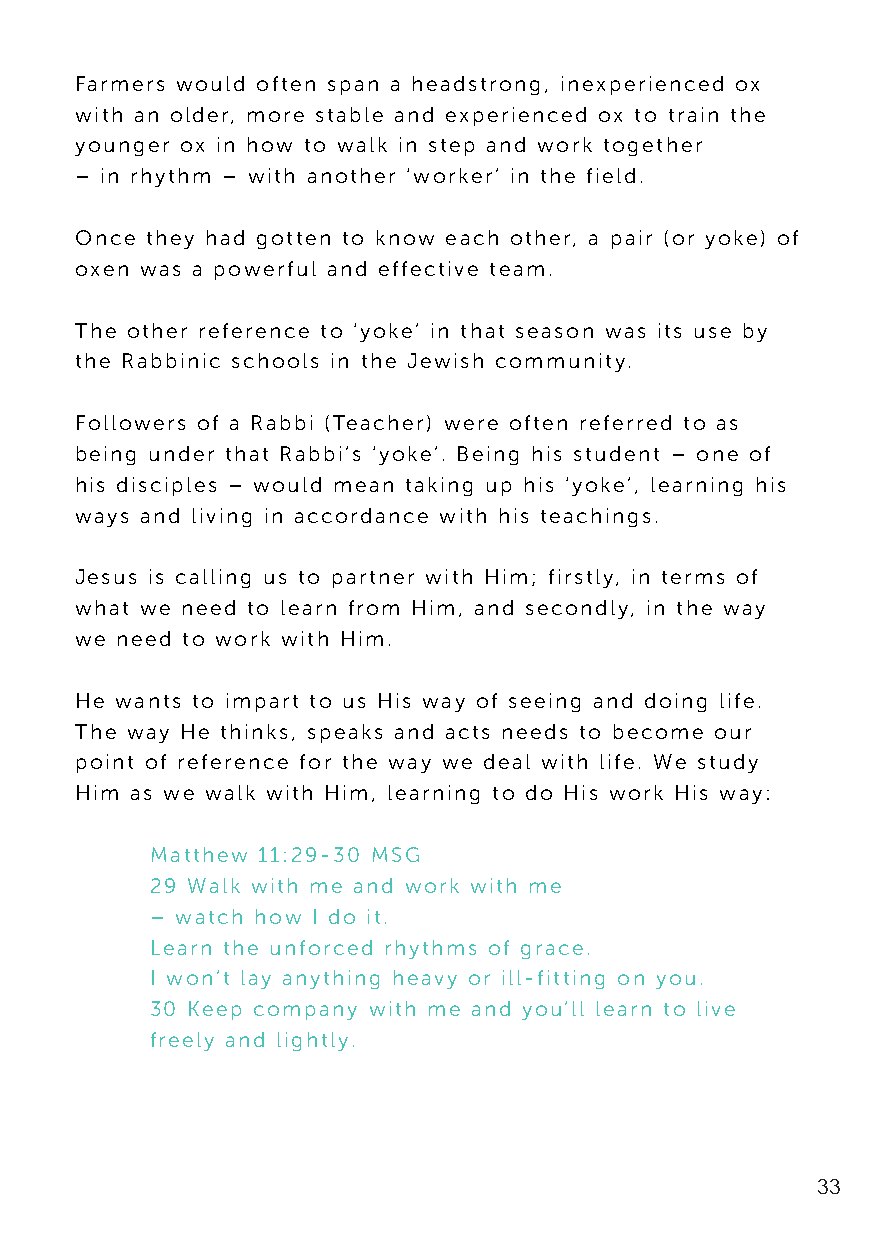
Farmers would often span a headstrong, inexperienced ox
 with an older, more stable and experienced ox to train the
 younger ox in how to walk in step and work together
 – in rhythm – with another ‘worker’ in the field.
 Once they had gotten to know each other, a pair (or yoke) of
 oxen was a powerful and effective team.
 The other reference to ‘yoke’ in that season was its use by
 the Rabbinic schools in the Jewish community.
 Followers of a Rabbi (Teacher) were often referred to as
 being under that Rabbi’s ‘yoke’. Being his student – one of
 his disciples – would mean taking up his ‘yoke’, learning his
 ways and living in accordance with his teachings.
 Jesus is calling us to partner with Him; firstly, in terms of
 what we need to learn from Him, and secondly, in the way
 we need to work with Him.
 He wants to impart to us His way of seeing and doing life.
 The way He thinks, speaks and acts needs to become our
 point of reference for the way we deal with life. We study
 Him as we walk with Him, learning to do His work His way:
 Matthew 11:29-30 MSG
 29 Walk with me and work with me
 – watch how I do it.
 Learn the unforced rhythms of grace.
 I won’t lay anything heavy or ill-fitting on you.
 30 Keep company with me and you’ll learn to live
 freely and lightly.
 33